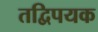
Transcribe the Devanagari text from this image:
तद्विपयक